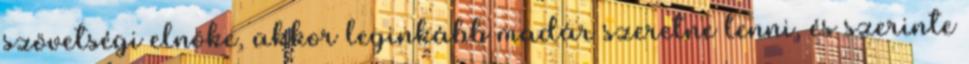
szövetségi elnöke, akkor leginkább madár szeretne lenni, és szerinte